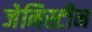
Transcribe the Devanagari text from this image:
जेनिस्टीन